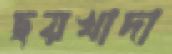
ছয়খাদা